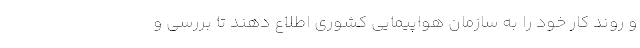
و روند کار خود را به سازمان هواپیمایی کشوری اطلاع دهند تا بررسی و